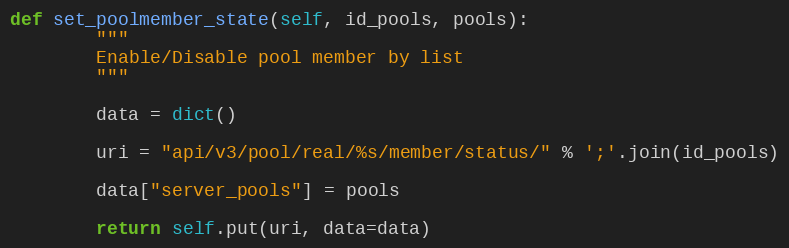
Language: Python
def set_poolmember_state(self, id_pools, pools):
        """
        Enable/Disable pool member by list
        """

        data = dict()

        uri = "api/v3/pool/real/%s/member/status/" % ';'.join(id_pools)

        data["server_pools"] = pools

        return self.put(uri, data=data)